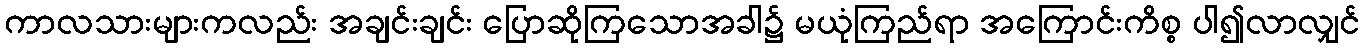
ကာလသားများကလည်း အချင်းချင်း ပြောဆိုကြသောအခါ၌ မယုံကြည်ရာ အကြောင်းကိစ္စ ပါ၍လာလျှင်